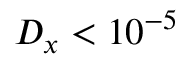
D _ { x } < 1 0 ^ { - 5 }